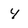
Character: 4